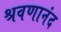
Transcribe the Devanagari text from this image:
श्रवणानंद